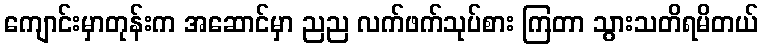
ကျောင်းမှာတုန်းက အဆောင်မှာ ညည လက်ဖက်သုပ်စား ကြတာ သွားသတိရမိတယ်